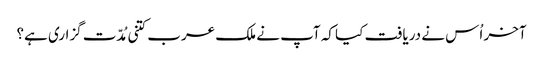
آخر اُس نے دریافت کیا کہ آپ نے ملک عرب کتنی مُدّت گزاری ہے؟